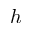
h